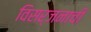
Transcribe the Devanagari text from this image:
विसर्जनाची